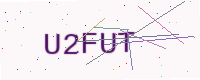
Text: U2FUT